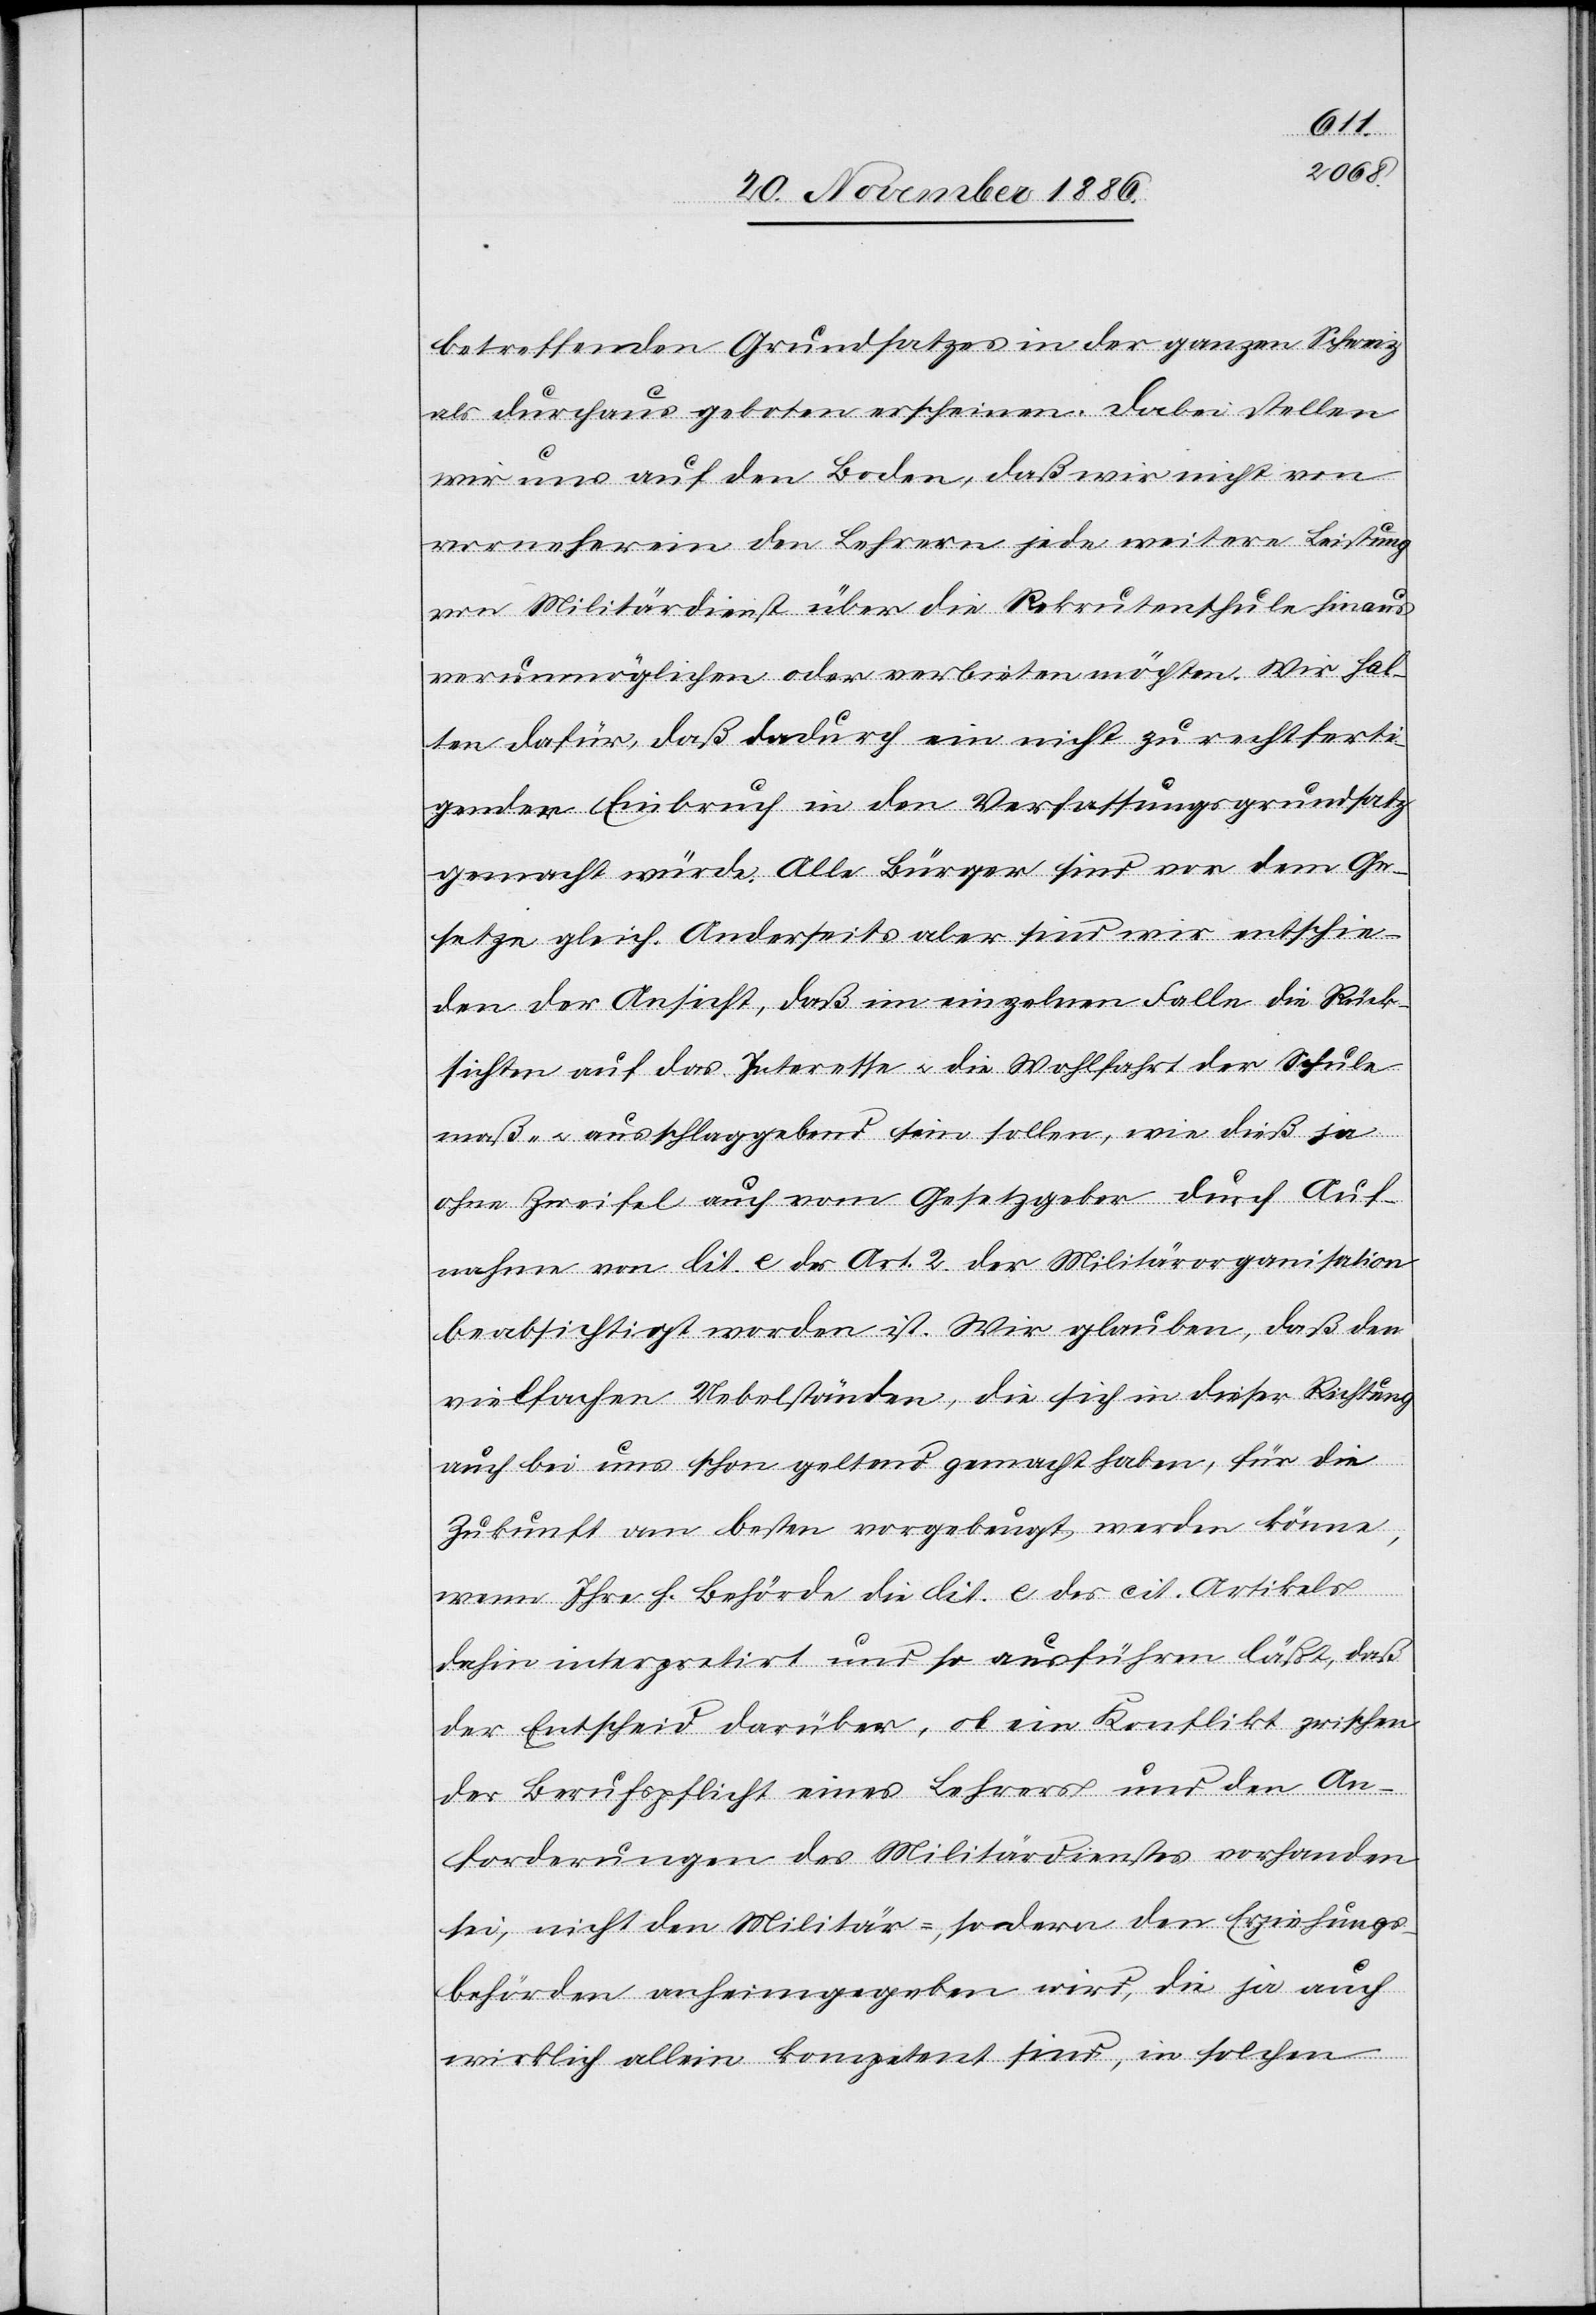
betreffenden Grundsatzes in der ganzen Schweiz
als durchaus geboten erscheinen. Dabei stellen
wir uns auf den Boden, daß wir nicht von
vorneherein den Lehrern jede weitere Leistung
von Militärdienst über die Rekrutenschule hinaus
verunmöglichen oder verbieten möchten. Wir hal¬
ten dafür, daß dadurch ein nicht zu rechtferti¬
gender Einbruch in den Verfassungsgrundsatz
gemacht würde. Alle Bürger sind vor dem Ge¬
setze gleich. Anderseits aber sind wir entschie¬
den der Ansicht, daß im einzelnen Falle die Rück¬
sichten auf das Interesse & die Wohlfahrt der Schule
maß- & ausschlaggebend sein sollen, wie dieß ja
ohne Zweifel auch vom Gesetzgeber durch Auf¬
nahme von lit. e des Art. 2 der Militärorganisation
beabsichtigt worden ist. Wir glauben, daß den
vielfachen Uebelständen, die sich in dieser Richtung
auch bei uns schon geltend gemacht haben, für die
Zukunft am besten vorgebeugt werden könne,
wenn Ihre h. Behörde die lit. e des cit. Artikels
dahin interpretirt und so ausführen läßt, daß
der Entscheid darüber, ob ein Konflikt zwischen
der Berufspflicht eines Lehrers und den An¬
forderungen des Militärdienstes vorhanden
sei, nicht den Militär-, sondern den Erziehungs¬
behörden anheimgegeben wird, die ja auch
wirklich allein kompetent sind, in solchen